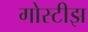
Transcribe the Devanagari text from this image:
गोस्टीझ